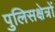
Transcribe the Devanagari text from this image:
पुलिसक्षेत्रों